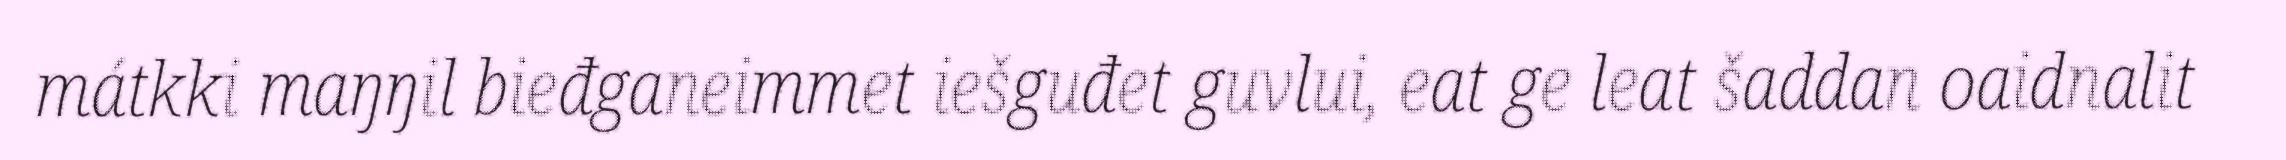
mátkki maŋŋil bieđganeimmet iešguđet guvlui, eat ge leat šaddan oaidnalit